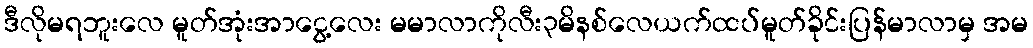
ဒီလိုမရဘူးလေ မူတ်အုံးအာငွေ့လေး မမာလာကိုလီး၃မိနစ်လေယက်ထပ်မူတ်ခိုင်းပြန်မာလာမှ အမ